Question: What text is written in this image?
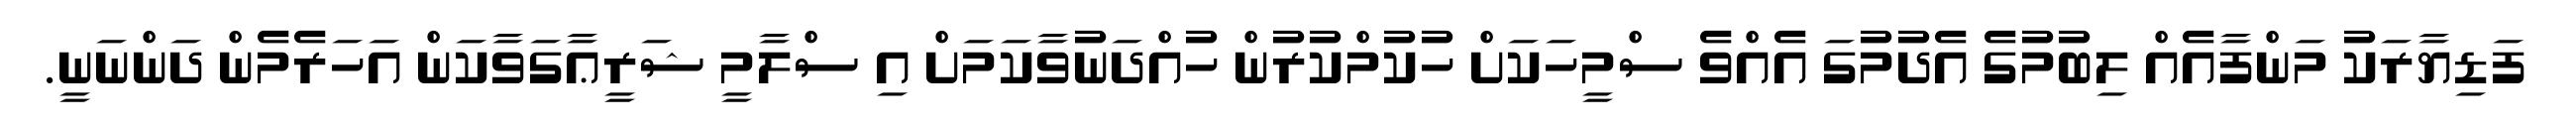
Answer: ފަޑިޔާރަކު މަންފާއެއް ލިބުމުގެ އެދުމުގަ އެއްވެ ސްމީހަކަށް ހުކުމްކުރުން ހުއްދަނުވާކަމަށް އި ސްލާމީ ޝަރީޢާގަވާކަން އަހަރެމެން ދަންނަނީ.